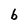
Character: b